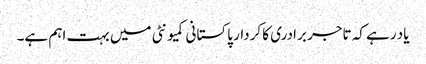
یاد رہے کہ تاجر برادری کا کردار پاکستانی کمیونٹی میں بہت اہم ہے۔